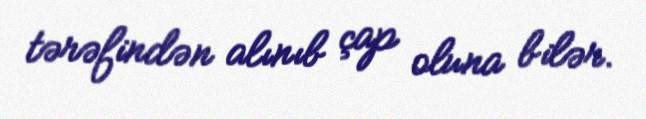
tərəfindən alınıb çap oluna bilər.